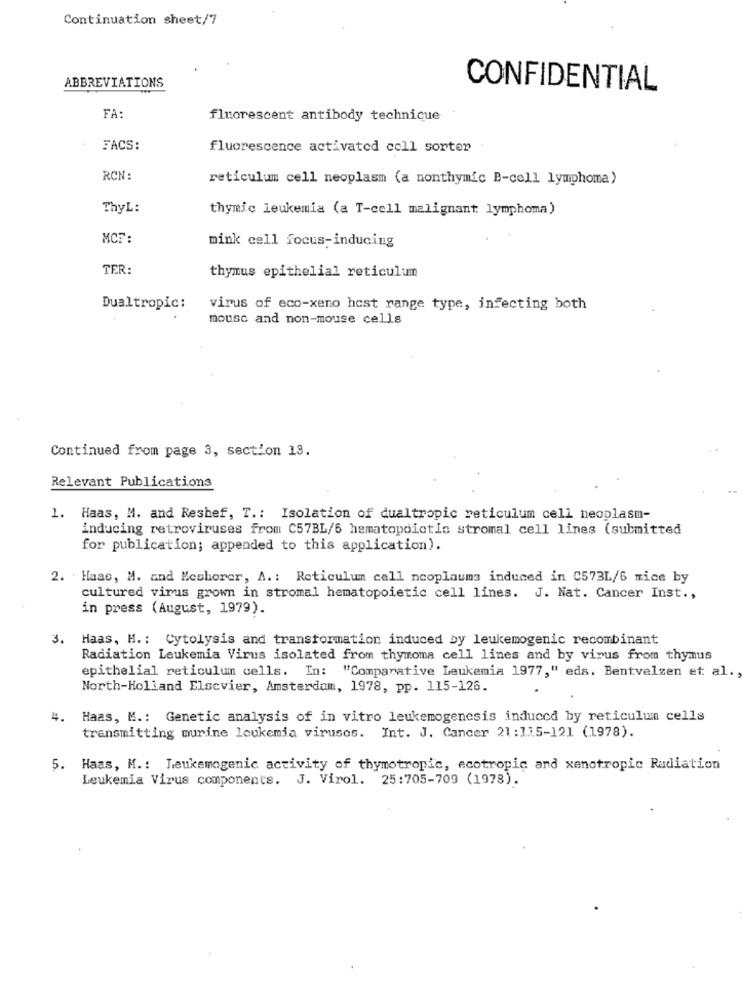
Continuation sheet/7
ABBREVIATIONS
CONFIDENTIAL
FA:
fluorescent antibody technique
FACS:
fluorescence activated coll sorter
RCN:
reticulum cell neoplasm (a nonthymic B-cell lymphoma)
ThyL:
thymic leukemia (a T-cell malignant: lymphoma)
MCF:
mink cell focus-inducing
TER:
thymus epithelial reticulum
Dualtropic:
virus of eco-xeno host range type, infecting both
mouse and non-mouse cells
Continued from page 3, section 13.
Relevant Publications
1. Haas, M. and Reshef, T .: Isolation of dualtropic reticulum cell neoplasm-
inducing retroviruses from C57BL/6 hematopoictic stromal cell lines (submitted
for publication; appended to this application).
2. Haas, M. and Meshorer, A .: Reticulum cell neoplaums induced in C573L/6 mice by
cultured virus grown in stromal hematopoietic cell lines. J. Nat. Cancer Inst .,
in press (August, 1979).
3. Haas, H .: Cytolysis and transformation induced by leukemogenic recombinant
Radiation Leukemia Virus isolated from thymoma cell lines and by virus from thymus
epithelial reticulumn cells. In: "Comparative Leukemia 1977," eds. Bentvelzen et al.
North-Holland Elsevier, Amsterdam, 1978, pp. 115-126.
4.
Haas, M .: Genetic analysis of in vitro leukemogenesis induced by reticulum cells
transmitting murine leukemia viruses. Int. J. Cancer 21:115-121 (1978).
5. Haas, M .: Leukemogenic activity of thymotropic, ecotropic and xenotropic Radiation
Leukemia Virus components. J. Virol. 25:705-709 (1978).